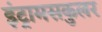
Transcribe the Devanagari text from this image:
इंट्रामसकुलर